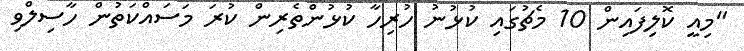
"މިއީ ކޮލިފައިން 10 މެޗުގައި ކުޅުނު ހުރިހާ ކުޅުންތެރިން ކުރަ މަސައްކަތުން ހާސިލްވި